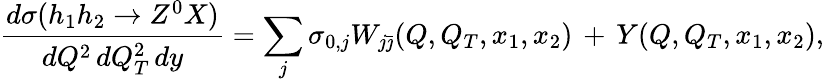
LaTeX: \frac{d\sigma(h_{1}h_{2}\to Z^{0}X)}{dQ^{2}\, dQ_{T}^{2}\, dy}=\sum_{j}\sigma_{0,j}W_{j\bar{\jmath}}(Q,Q_{T},x_{1},x_{2})\, +\, Y(Q,Q_{T},x_{1},x_{2}),